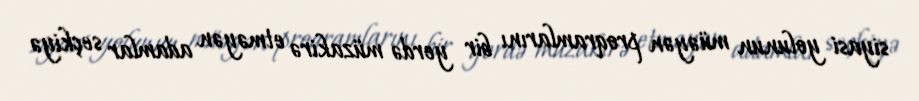
siyasi yolunun müəyən proqramlarını bir yerdə müzakirə etməyən adamlar seçkiyə